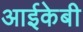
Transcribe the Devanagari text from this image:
आईकेबी